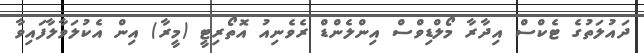
ދައުލަތުގެ ޓެކްސް އިދާރާ މޯލްޑިވްސް އިންލެންޑް ރެވެނިއު އޮތޯރިޓީ (މީރާ) އިން އެކުލަވާލާފައިވާ